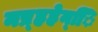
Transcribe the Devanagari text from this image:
नप्र्हहेन्िि